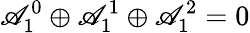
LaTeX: \mathscr{A}_{1}^{0}\oplus\mathscr{A}_{1}^{1}\oplus\mathscr{A}_{1}^{2}=0